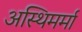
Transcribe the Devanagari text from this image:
अस्थिमर्मा